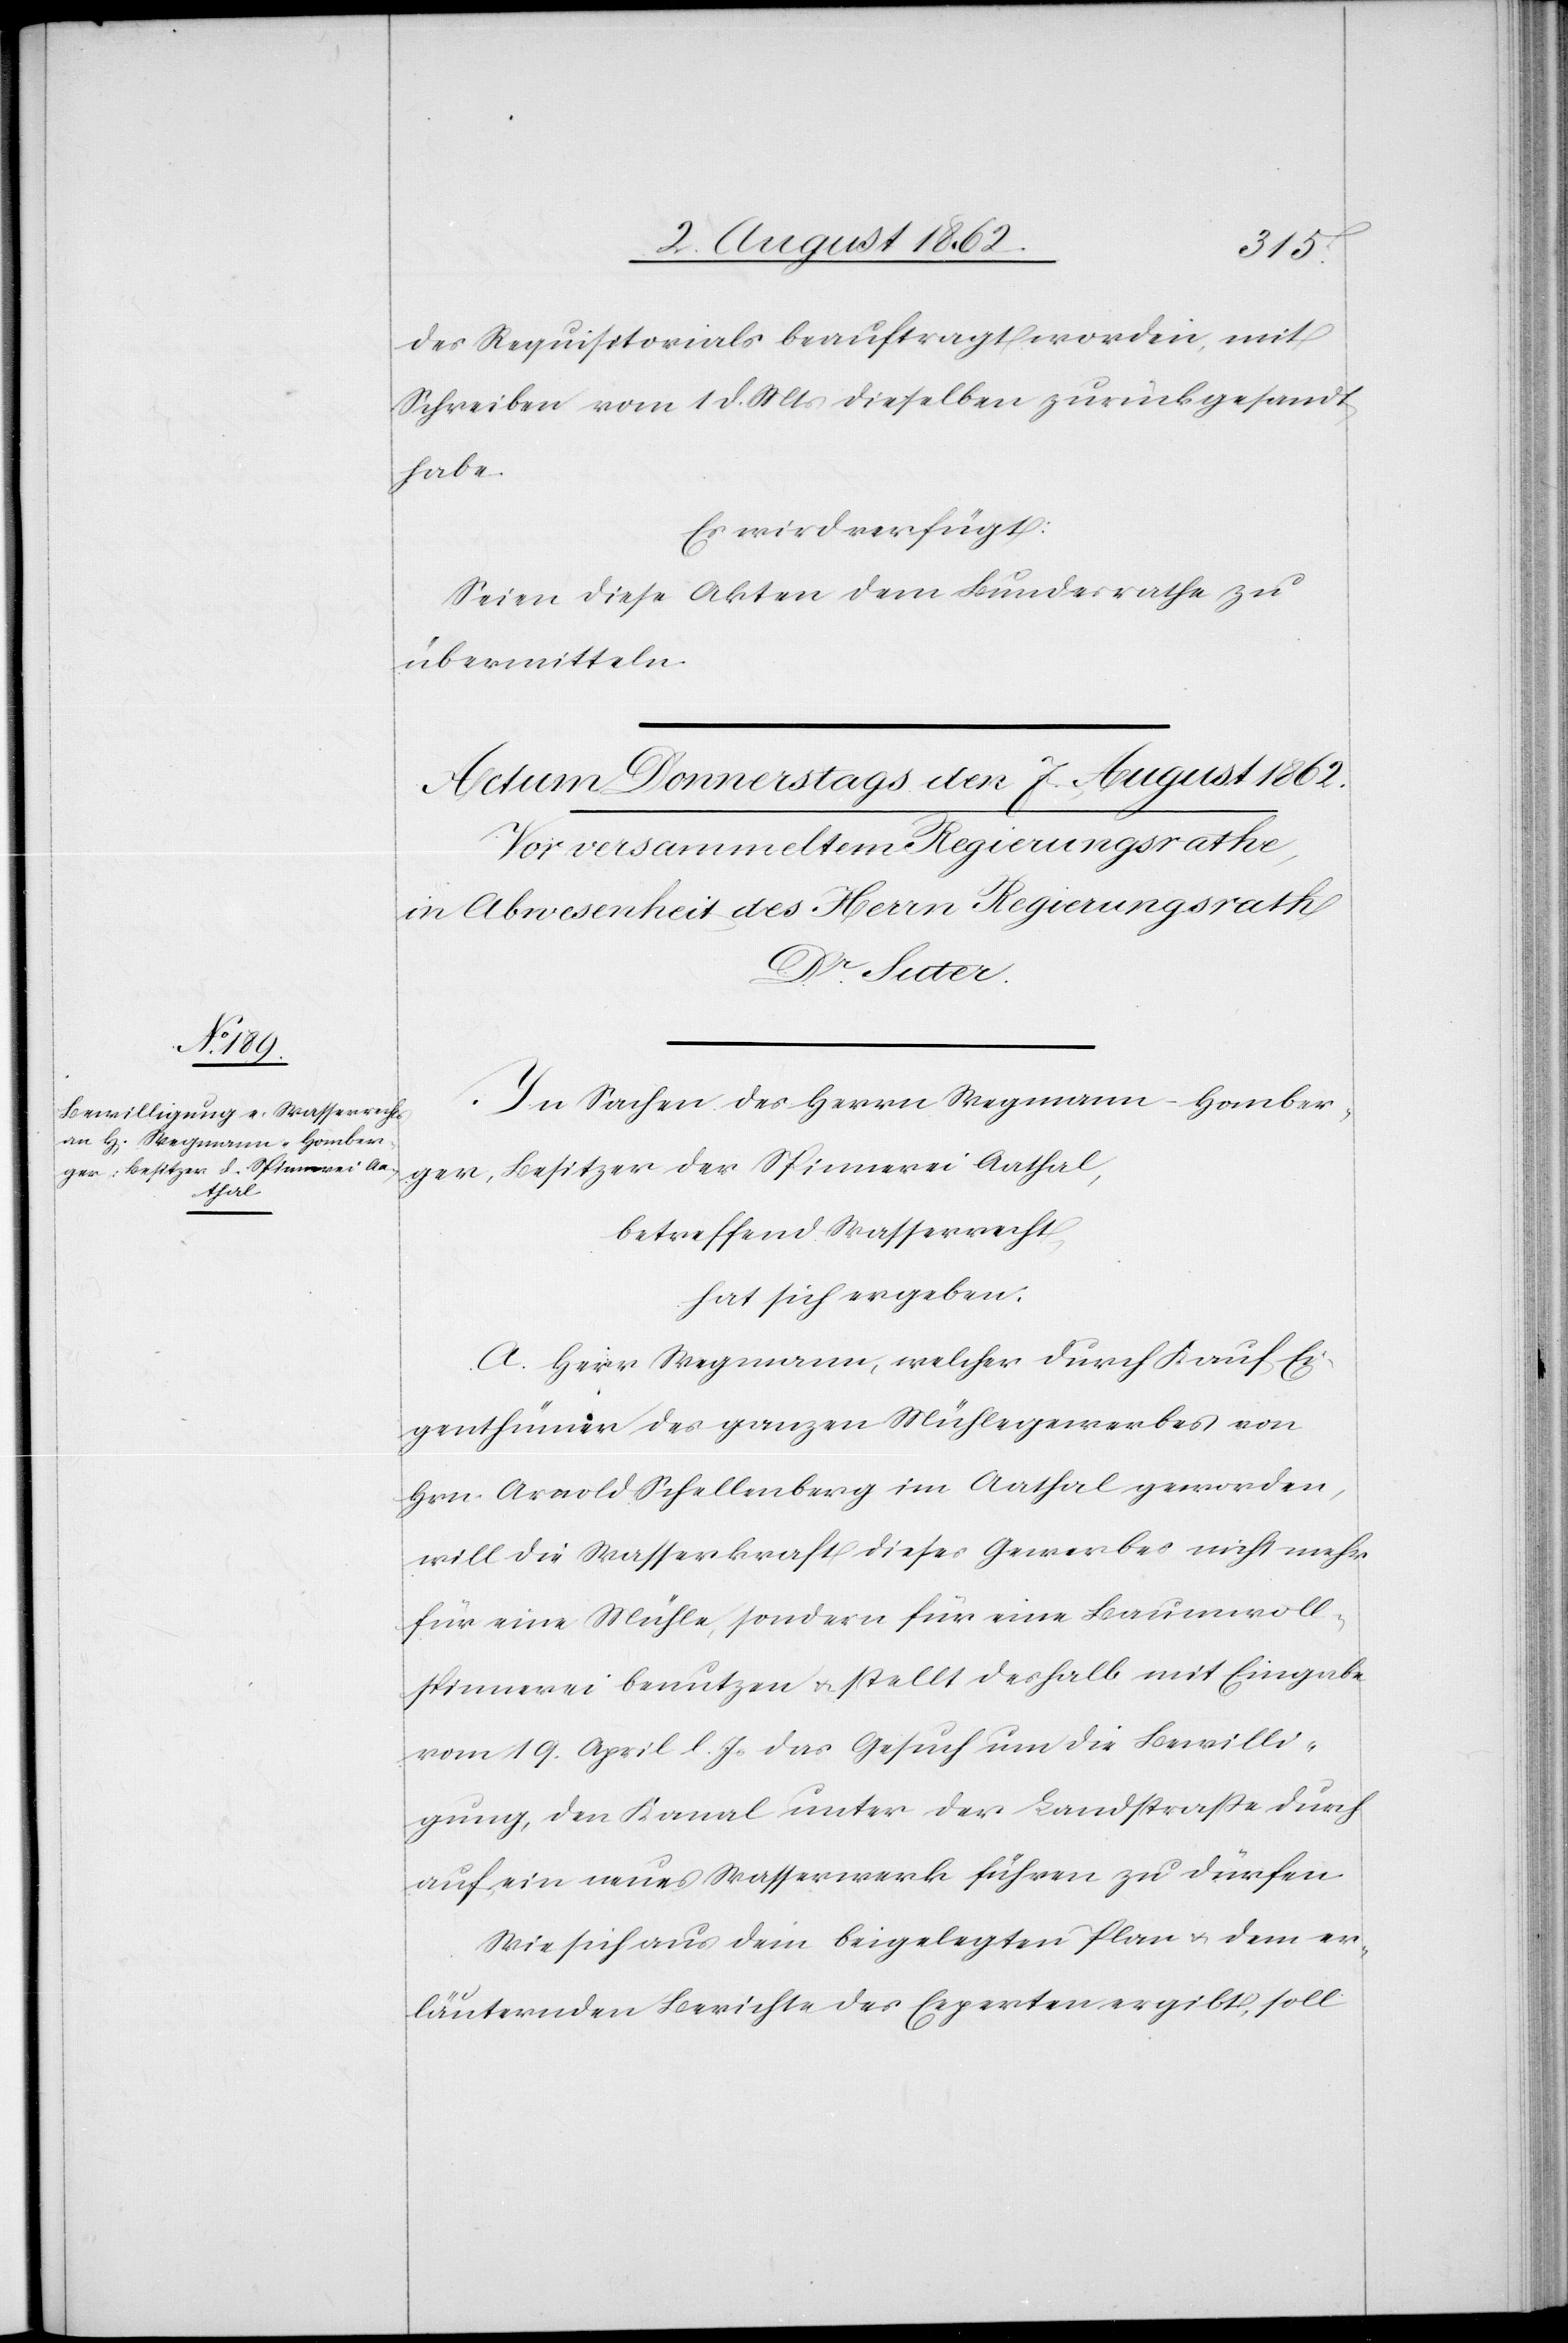
ger,
des Requisitorials beauftragt worden, mit
Schreiben vom 1. d. Mts. dieselben zurückgesandt
habe.
Es wird verfügt:
Seien diese Akten dem Bundesrathe zu
übermitteln.
In Sachen des Herrn Wegmann-Homber¬
Besitzer der Spinnerei Aathal,
betreffend Wasserrecht,
hat sich ergeben:
A. Herr Wegmann, welcher durch Kauf Ei¬
genthümer des ganzen Mühlegewerbes von
Hrn. Arnold Schellenberg im Aathal geworden,
will die Wasserkraft dieses Gewerbes nicht mehr
für eine Mühle, sondern für eine Baumwoll¬
spinnerei benutzen u. stellt deshalb mit Eingabe
vom 19. April l. Js. das Gesuch um Bewilli¬
gung, den Kanal unter der Landstraße durch
auf ein neues Wasserwerk führen zu dürfen.
Wie sich aus dem beigelegten Plan u. dem er¬
läuternden Berichte des Experten ergibt, soll